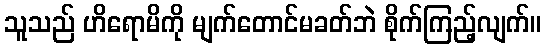
သူသည် ဟိရောမိကို မျက်တောင်မခတ်ဘဲ စိုက်ကြည့်လျက်။